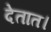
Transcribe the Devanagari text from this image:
देतात।